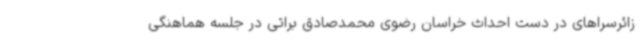
زائرسراهای در دست احداث خراسان رضوی محمدصادق براتی در جلسه هماهنگی